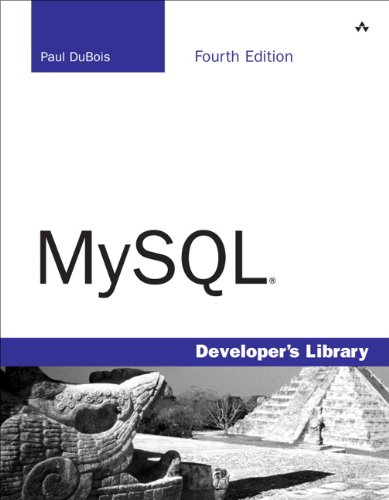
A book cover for MySQL (4th Edition); Paul DuBois; Computers & Technology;